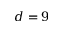
d = 9